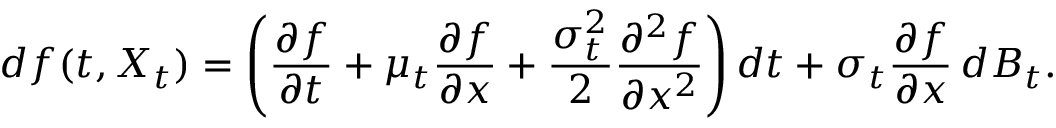
d f ( t , X _ { t } ) = \left( { \frac { \partial f } { \partial t } } + \mu _ { t } { \frac { \partial f } { \partial x } } + { \frac { \sigma _ { t } ^ { 2 } } { 2 } } { \frac { \partial ^ { 2 } f } { \partial x ^ { 2 } } } \right) d t + \sigma _ { t } { \frac { \partial f } { \partial x } } \, d B _ { t } .